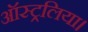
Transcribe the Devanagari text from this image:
ऑस्ट्रलिया।